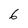
Character: 6